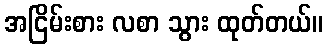
အငြိမ်းစား လစာ သွား ထုတ်တယ်။